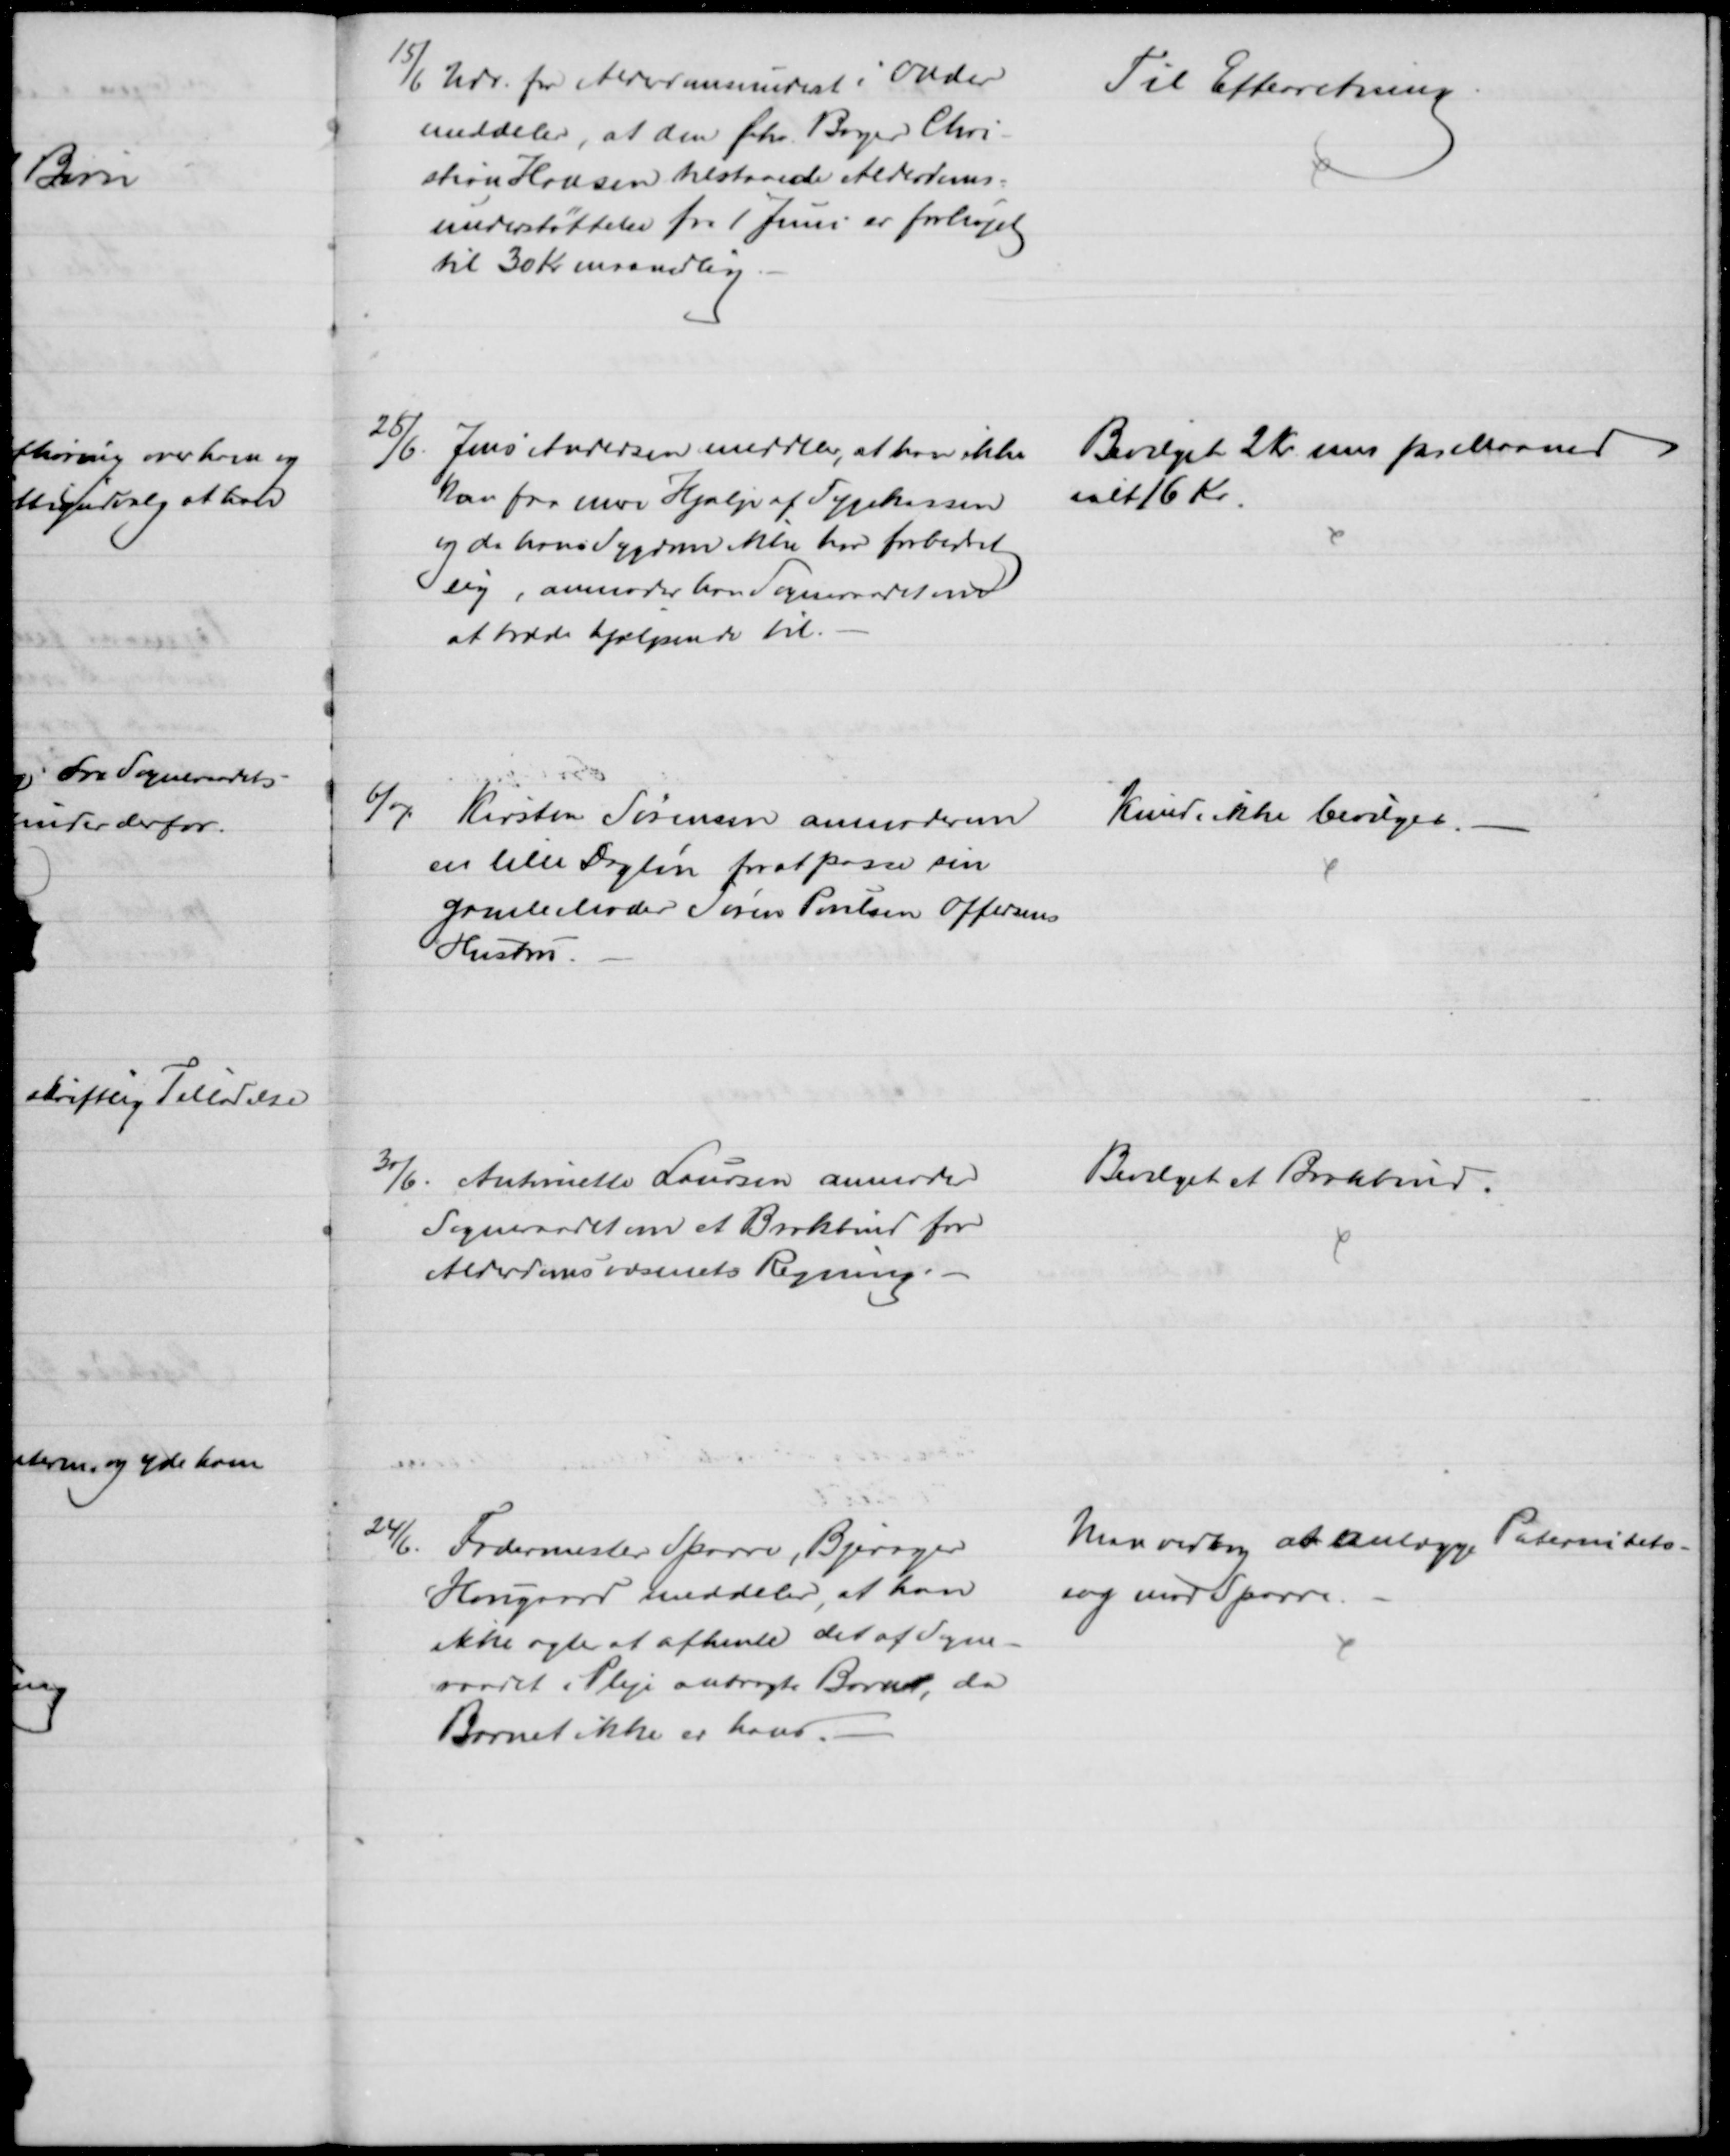
Transskription:
15/6 Udv. for Alderdomsundest i Odder
meddeler, at den fhv Bager Chri-
stian Hansen tilstaaede Alderdoms-
understøttelse fra 1 Juni er forhøjet
til 30 Kr maanedlig.
Til Efterretning
25/6. Jens Andersen meddeler, at han ikke
kan faa mere Hjælp af Sygekassen
og da hans Sygdom ikke har forbedret 
sig, anmoder han Sogneraadet om
at træde hjælpende til.
Bevilget 2 Kr mer pr Maaned
ialt 16 Kr
6/7 Kirsten Sørensen anmoder om
en lille Dagløn for at passe sin
gamle Moder Søren Poulsen Offersens
Hustru.
Kunde ikke bevilges.
30/6. Antoinette Laursen anmoder
Sogneraadet om et Brokbind for
Alderdomsvæsenets Regning.
Bevilget et Brokbind.
24/6. Fodermester Sparre, Bjergager
Hougaard meddeler, at han
ikke agter at afhente det af Sogne-
raadet i Pleje anbragte Barn, da
Barnet ikke er hans.
Man vedtog at anlægge Paternitets-
sag mod Sparre.